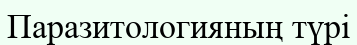
Паразитологияның түрі